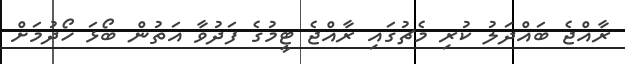
ރާއްޖެ ބައްދަލު ކުރި މެޗުގައި ރާއްޖެ ޓީމުގެ ފަދުވާ އަތުން ބޯޅަ ހޯދުމަށް